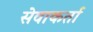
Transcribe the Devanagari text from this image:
सेवाकर्ता